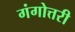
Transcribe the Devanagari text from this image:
गंगोत्तरी